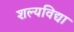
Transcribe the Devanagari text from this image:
शल्यविद्या